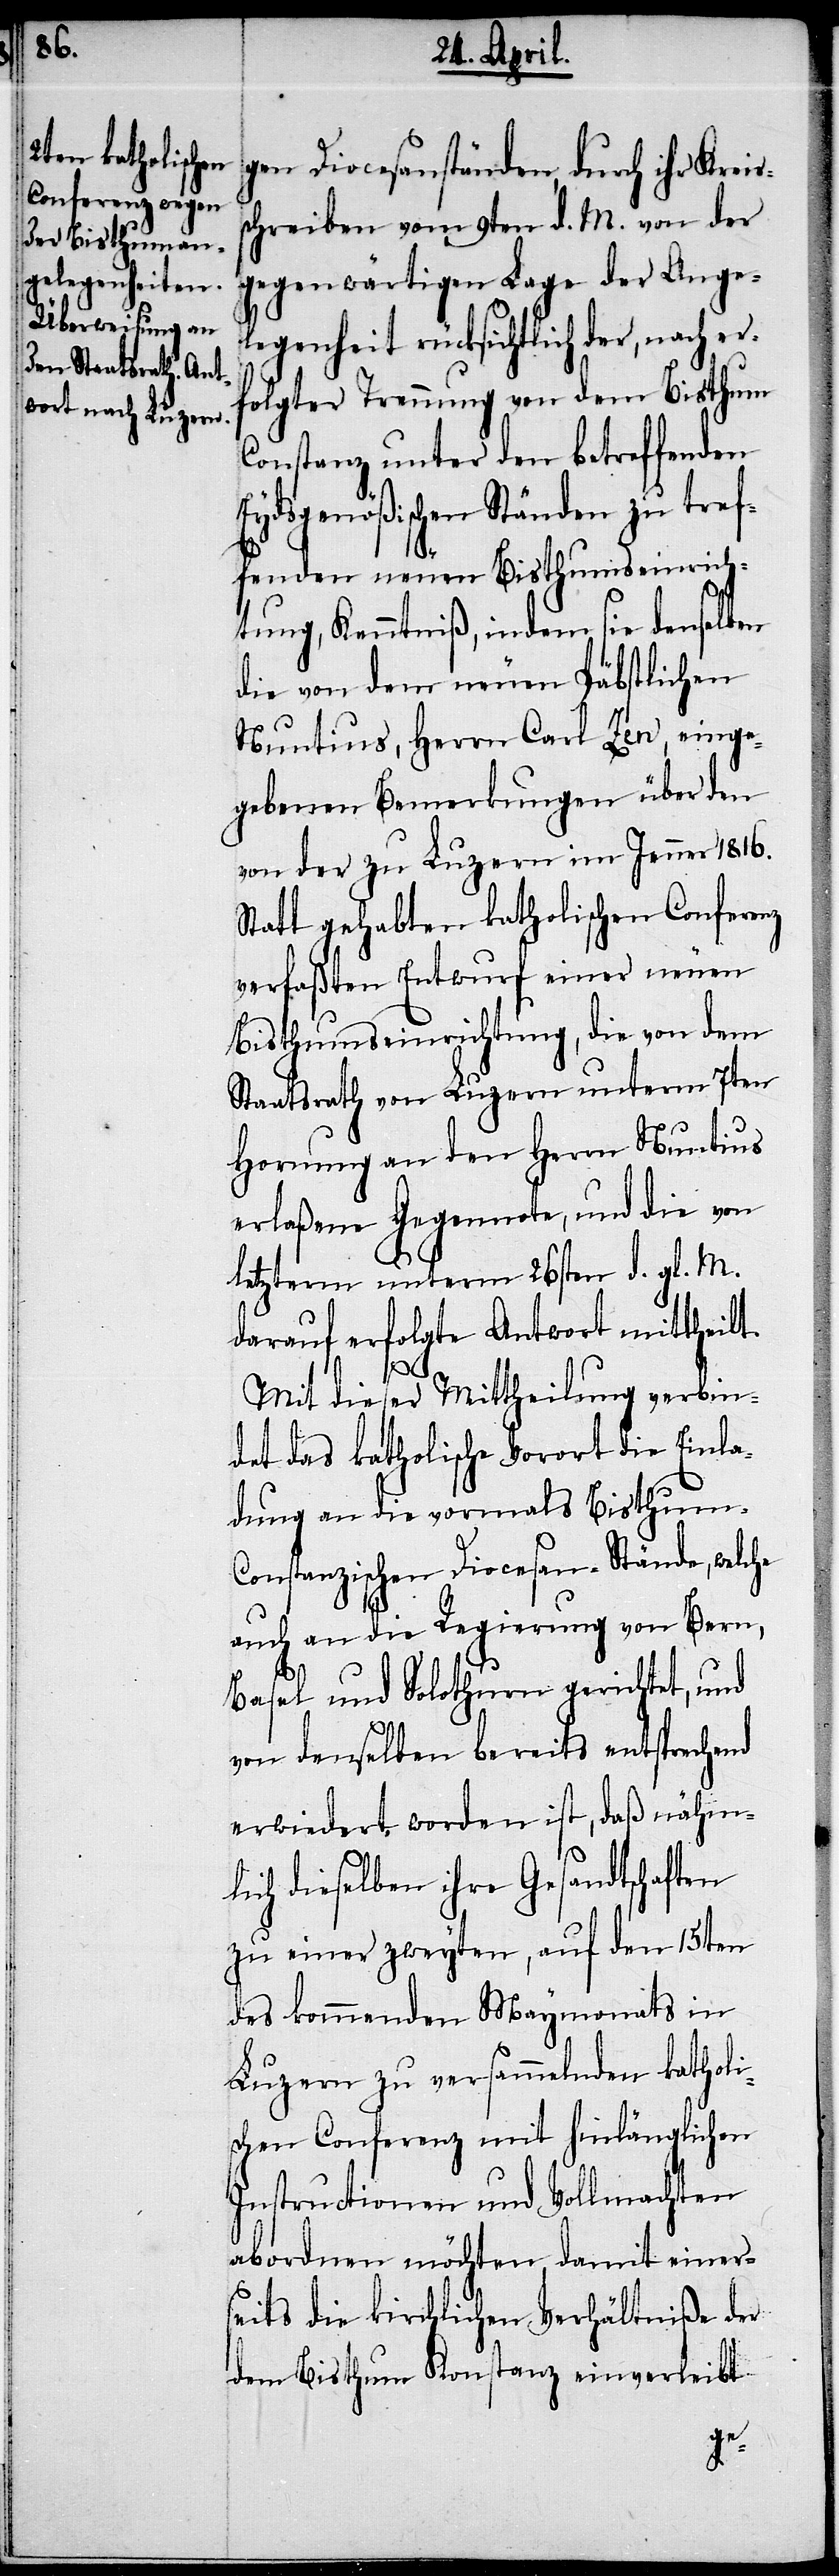
gen Diocesanständen, durch ihr Kreis¬
schreiben vom 9ten d. M. von der
gegenwärtigen Lage der Ange¬
legenheit rücksichtlich der, nach er¬
folgter Trennung von dem Bisthum
Constanz unter den betreffenden
Eydsgenößischen Ständen zu tref¬
fenden neuen Bisthumseinrich¬
tung, Kenntniß, indem sie denselben
die von dem neuen Päbstlichen
Nuntius, Herrn Carl Zen, einge¬
gebenen Bemerkungen über den
von der zu Luzern im Jenner 1816.
Statt gehabten katholischen Conferenz
verfaßten Entwurf einer neuen
Bisthumseinrichtung, die von dem
Staatsrath von Luzern unterm 7ten
Hornung an den Herrn Nuntius
erlaßene Gegennote, und die von
letzterm unterm 26sten d. gl. M.
darauf erfolgte Antwort mittheilt.
Mit dieser Mittheilung verbin¬
det das katholische Vorort die Einla¬
dung an die vormals Bisthum-C¬
onstanzischen Diocesan-Stände, welche
auch an die Regierung von Bern,
Basel und Solothurn gerichtet, und
von denselben bereits entsprechend
erwiedert worden ist, daß nähm¬
lich dieselben ihre Gesandtschaften
zu einer zweyten, auf den 15ten
des kommenden Maymonats in
Luzern zu versammelnden katholi¬
schen Conferenz mit hinlänglichen
Instructionen und Vollmachten
abordnen möchten, damit einer¬
seits die kirchlichen Verhältniße der
dem Bisthum Konstanz einverleibt